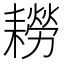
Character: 耮